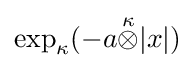
\exp _{\kappa }(-a{\stackrel {\kappa }{\otimes }}|x|)